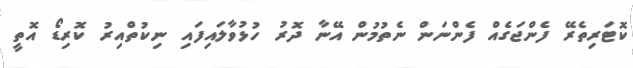
ކޮޓަރިތެރޭ ފެންޖަގެއް ފެންނަން ނެތުމުން އޭނާ ދޮރު ހުޅުވާލައިފައި ނިކުތްއިރު ކޮރިޑޯ އޮތީ